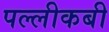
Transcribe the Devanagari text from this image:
पल्लीकबी